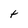
Character: t